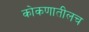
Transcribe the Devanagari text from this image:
कोकणातीलच